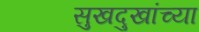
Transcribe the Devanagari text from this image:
सुखदुखांच्या